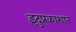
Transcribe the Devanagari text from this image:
इंदुप्रकाशात